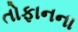
તોફાનના